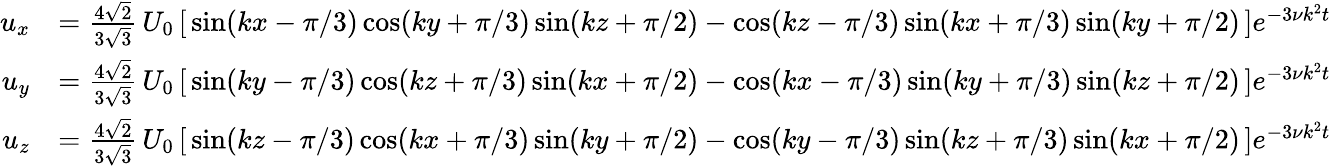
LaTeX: {\begin{array}{rl}{u_{x}}&{={\frac{4{\sqrt{2}}}{3{\sqrt{3}}}}\, U_{0}\left[\, \sin(kx-\pi/3)\cos(ky+\pi/3)\sin(kz+\pi/2)-\cos(kz-\pi/3)\sin(kx+\pi/3)\sin(ky+\pi/2)\, \right]e^{-3\nu k^{2}t}}\\ {u_{y}}&{={\frac{4{\sqrt{2}}}{3{\sqrt{3}}}}\, U_{0}\left[\, \sin(ky-\pi/3)\cos(kz+\pi/3)\sin(kx+\pi/2)-\cos(kx-\pi/3)\sin(ky+\pi/3)\sin(kz+\pi/2)\, \right]e^{-3\nu k^{2}t}}\\ {u_{z}}&{={\frac{4{\sqrt{2}}}{3{\sqrt{3}}}}\, U_{0}\left[\, \sin(kz-\pi/3)\cos(kx+\pi/3)\sin(ky+\pi/2)-\cos(ky-\pi/3)\sin(kz+\pi/3)\sin(kx+\pi/2)\, \right]e^{-3\nu k^{2}t}}\end{array}}